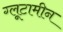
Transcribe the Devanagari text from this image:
ग्लूटामीन